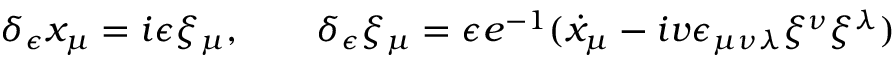
\delta _ { \epsilon } x _ { \mu } = i \epsilon \xi _ { \mu } , \qquad \delta _ { \epsilon } \xi _ { \mu } = \epsilon e ^ { - 1 } ( \dot { x } _ { \mu } - i v \epsilon _ { \mu \nu \lambda } \xi ^ { \nu } \xi ^ { \lambda } )